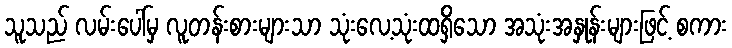
သူသည် လမ်းပေါ်မှ လူတန်းစားများသာ သုံးလေ့သုံးထရှိသော အသုံးအနှုန်းများဖြင့် စကား